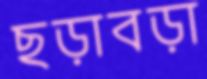
ছড়াবড়া